Civil Veterinary Department Bengal reports 1923-33 - 1923-1933
Year: 1923
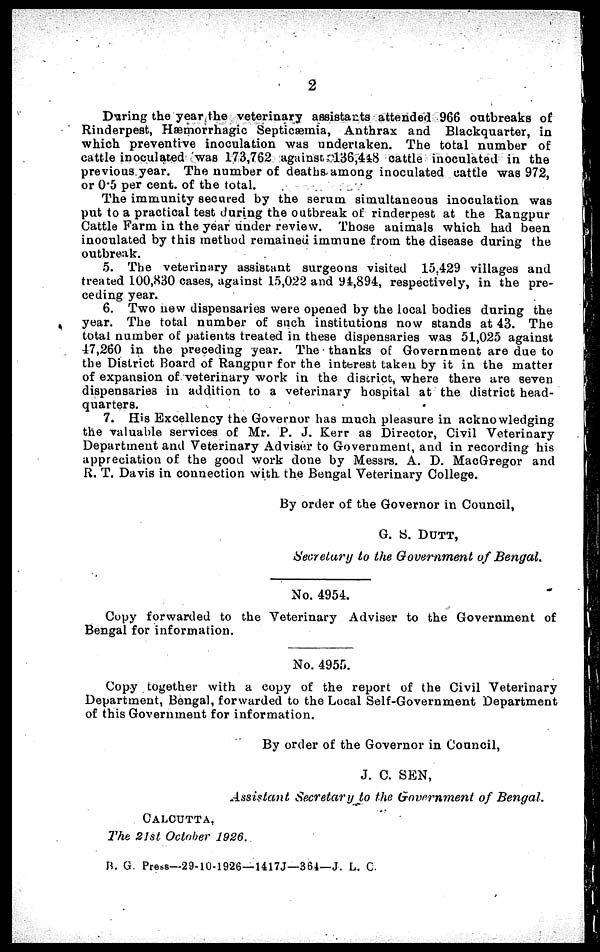
2
During the year the veterinary assistants attended 966 outbreaks of
Rinderpest, Hæmorrhagic Septicæmia, Anthrax and Blackquarter, in
which preventive inoculation was undertaken. The total number of
cattle inoculated was 173,762 against 136,418 cattle inoculated in the
previous year. The number of deaths among inoculated cattle was 972,
or 0.5 per cent. of the total.
The immunity secured by the serum simultaneous inoculation was
put to a practical test during the outbreak of rinderpest at the Rangpur
Cattle Farm in the year under review. Those animals which had been
inoculated by this method remained immune from the disease during the
outbreak.
5. The veterinary assistant surgeons visited 15.429 villages and
treated 100,830 cases, against 15,022 and 94,894, respectively, in the pre-
ceding year.
6. Two new dispensaries were opened by the local bodies during the
year. The total number of such institutions now stands at 43. The
total number of patients treated in these dispensaries was 51,025 against
47,260 in the preceding year. The thanks of Government are due to
the District Hoard of Rangpur for the interest taken by it in the matter
of expansion of veterinary work in the discrict, where there are seven
dispensaries in addition to a veterinary hospital at the district head-
quarters.
7. His Excellency the Governor has much pleasure in acknowledging
the valuable services of Mr. P. J. Kerr as Director, Civil Veterinary
Department and Veterinary Adviser to Government, and in recording his
appreciation of the good work done by Messrs. A. D. MacGregor and
R. T. Davis in connection with the Bengal Veterinary College.
By order of the Governor in Council,
G. S. DUTT,
Secretary to the Government of Bengal.
No. 4954.
Copy forwarded to the Veterinary Adviser to the Government of
Bengal for information.
No. 4955.
Copy together with a copy of the report of the Civil Veterinary
Department, Bengal, forwarded to the Local Self-Government Department
of this Government for information.
By order of the Governor in Council,
J. C. SEN,
Assistant Secretary to the Government of Bengal.
CACUTTA,
The 21st October 1926.
B. G. Press—29-10-1926—1417J—364—J. L. C